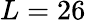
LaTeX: L=26